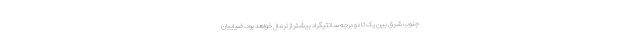
جنوب شرق بین یک تا دو درجه سانتیگراد بیشتر از نرمال خواهد بود. ضیاییان